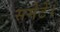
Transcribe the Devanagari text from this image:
समेटें।